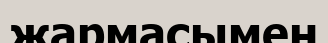
жармасымен